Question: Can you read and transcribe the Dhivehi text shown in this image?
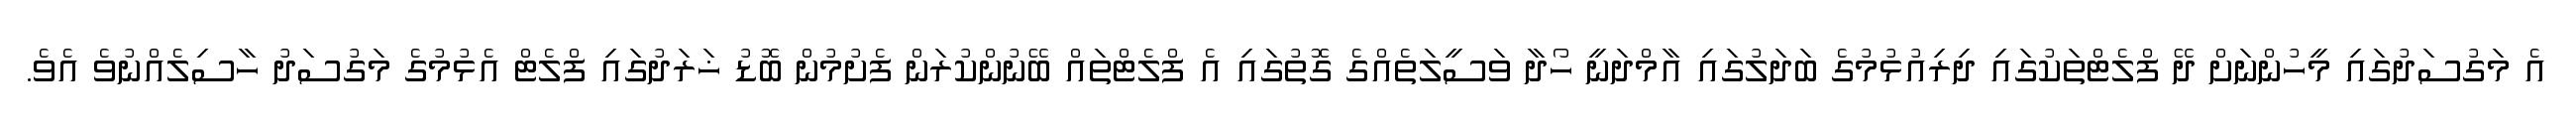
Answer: އެ މަގުސަދުގައި މީހުންނަށް ދޭ ފްލެޓްތަކުގައި ދިރިއުޅުމުގެ ބަދަލުގައި އާމްދަނީ ހޯދާ ވަސީލަތެއްގެ ގޮތުގައި އެ ފްލެޓްތައް ބޭނުންކުރަން ފެށުމުން ބޮޑު ޚަރަދުގައި ފްލެޓް އެޅުމުގެ މަގުސަދު ހާސިލެއްނުވެ އެވެ.